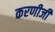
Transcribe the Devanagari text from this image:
करणीजी